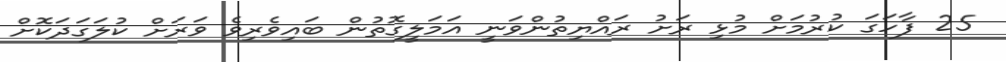
25 ފާހަގަ ކުރުމަށް މުޅި ރަށު ރައްޔިތުންވަނީ އަމަލީގޮތުން ބައިވެރިވެ ވަރަށް ކުލަގަދަކޮށް